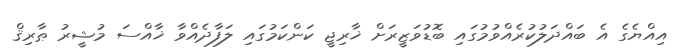
އިއްޔެގެ އެ ބައްދަލުކުރެއްވުމުގައި ބޮޑުވަޒީރަށް ޚާރިޖީ ކަންކަމުގައި ލަފާދެއްވާ ޚާއްސަ މުޝީރު ޠާރިޤް